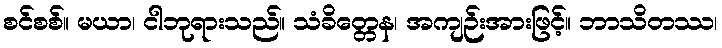
စင်စစ်။ မယာ၊ ငါဘုရားသည်။ သံခိတ္တေန၊ အကျဉ်းအားဖြင့်။ ဘာသိတဿ၊